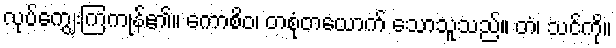
လုပ်ကျွေးကြကုန်၏။ ကောစိဝ၊ တစုံတယောက် သောသူသည်။ တံ၊ သင်ကို။